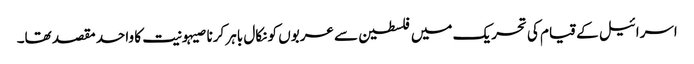
اسرائیل کے قیام کی تحریک میں فلسطین سے عربوں کو نکال باہر کرنا صیہونیت کا واحد مقصد تھا۔